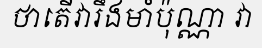
ថាតើវារឹងមាំប៉ុណ្ណា វា